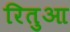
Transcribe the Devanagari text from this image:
रितुआ